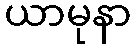
ယာမုနာ